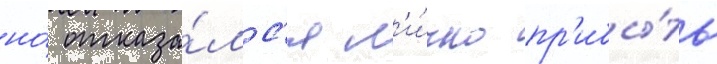
но́ отказа́лс'я л'и́чно пр'ибы́ть